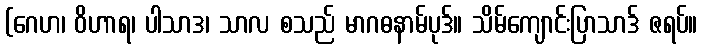
(ဂေဟ၊ ဝိဟာရ၊ ပါသာဒ၊ သာလ စသည် မာဂဓနာမ်ပုဒ်။ သိမ်ကျောင်းပြာသာဒ် ဇရပ်။